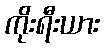
ကိုးရီးယား